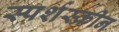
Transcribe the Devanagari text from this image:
स्पर्शस्क्रीन